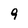
Character: 9